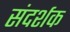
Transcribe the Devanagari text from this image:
संदर्शक